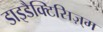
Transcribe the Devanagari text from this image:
डाइडैक्टिसिज़्म